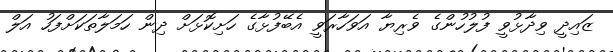
ޒައިދީ ވިދާޅުވީ ފުލުހުންގެ ވެރިޔާ އަވަހާރަވީ އެބޭފުޅާގެ ހަށިކޮޅަށް ދިން ހަމަލާތަކަށްފަހު އަލް